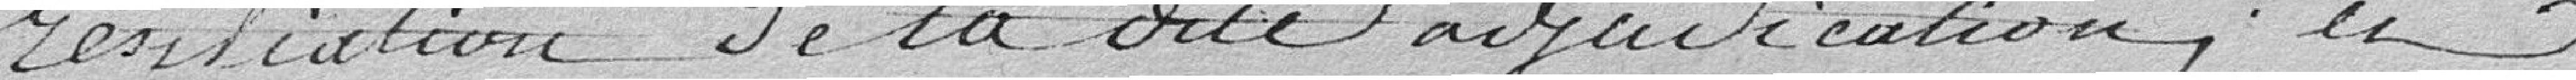
résiliation de la dite adjudication, et